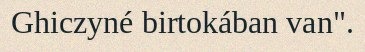
Ghiczyné birtokában van".